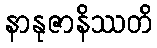
နာနုဇာနိဿတိ